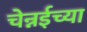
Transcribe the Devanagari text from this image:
चेन्नईच्‍या